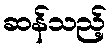
ဆန်သည့်